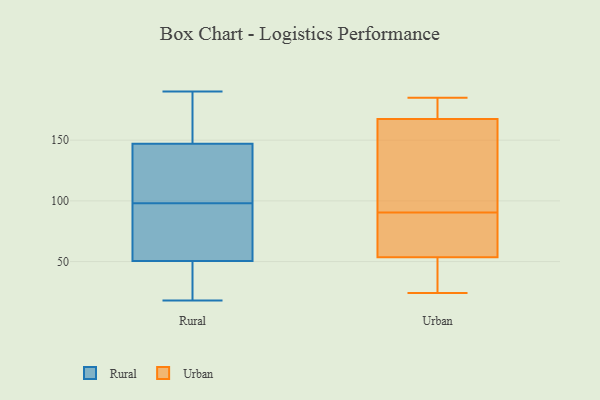
{"axis": {"x": "Active Users", "y": "Value"}, "legend": ["Rural", "Urban"], "data": [{"x": "", "y": 159, "type": "Rural"}, {"x": "", "y": 45, "type": "Rural"}, {"x": "", "y": 135, "type": "Rural"}, {"x": "", "y": 180, "type": "Rural"}, {"x": "", "y": 98, "type": "Rural"}, {"x": "", "y": 56, "type": "Rural"}, {"x": "", "y": 98, "type": "Rural"}, {"x": "", "y": 78, "type": "Rural"}, {"x": "", "y": 27, "type": "Rural"}, {"x": "", "y": 190, "type": "Rural"}, {"x": "", "y": 18, "type": "Rural"}, {"x": "", "y": 133, "type": "Rural"}, {"x": "", "y": 41, "type": "Rural"}, {"x": "", "y": 178, "type": "Rural"}, {"x": "", "y": 124, "type": "Rural"}, {"x": "", "y": 56, "type": "Rural"}, {"x": "", "y": 78, "type": "Urban"}, {"x": "", "y": 54, "type": "Urban"}, {"x": "", "y": 166, "type": "Urban"}, {"x": "", "y": 185, "type": "Urban"}, {"x": "", "y": 59, "type": "Urban"}, {"x": "", "y": 35, "type": "Urban"}, {"x": "", "y": 53, "type": "Urban"}, {"x": "", "y": 150, "type": "Urban"}, {"x": "", "y": 93, "type": "Urban"}, {"x": "", "y": 81, "type": "Urban"}, {"x": "", "y": 96, "type": "Urban"}, {"x": "", "y": 169, "type": "Urban"}, {"x": "", "y": 184, "type": "Urban"}, {"x": "", "y": 33, "type": "Urban"}, {"x": "", "y": 169, "type": "Urban"}, {"x": "", "y": 113, "type": "Urban"}, {"x": "", "y": 24, "type": "Urban"}, {"x": "", "y": 88, "type": "Urban"}, {"x": "", "y": 53, "type": "Urban"}, {"x": "", "y": 171, "type": "Urban"}]}